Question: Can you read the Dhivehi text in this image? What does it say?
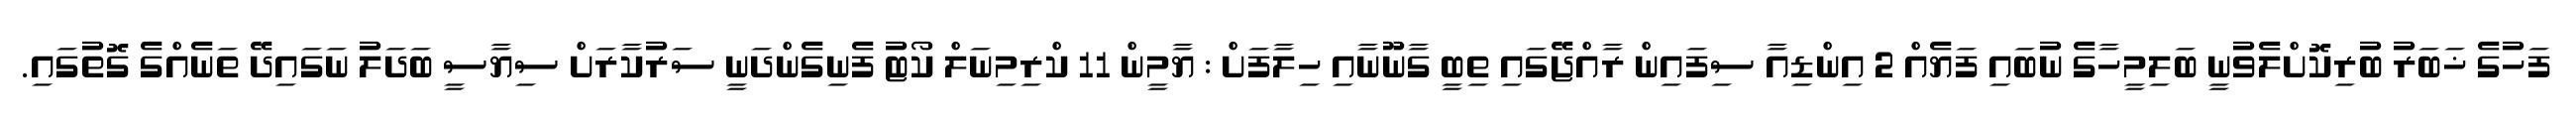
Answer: ފަހުގެ ޚަބަރު ބުރިކޮށްލެވުނީ ބަލިމީހާގެ ނުބައި ފަޔެއް 2 އިންޑިއާ ސިފައިން ރާއްޖޭގައި ތިބީ ގާނޫނާއި ހިލާފަށް : ޔާމީން 11 ކްރިމިނަލް ކޯޓު ފެނިގެންދަނީ ސަރުކާރަށް ސިޔާސީ ބަދަލު ނަގައިދޭ ތަނެއްގެ ގޮތުގައި.